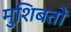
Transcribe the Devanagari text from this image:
मुशिबतों